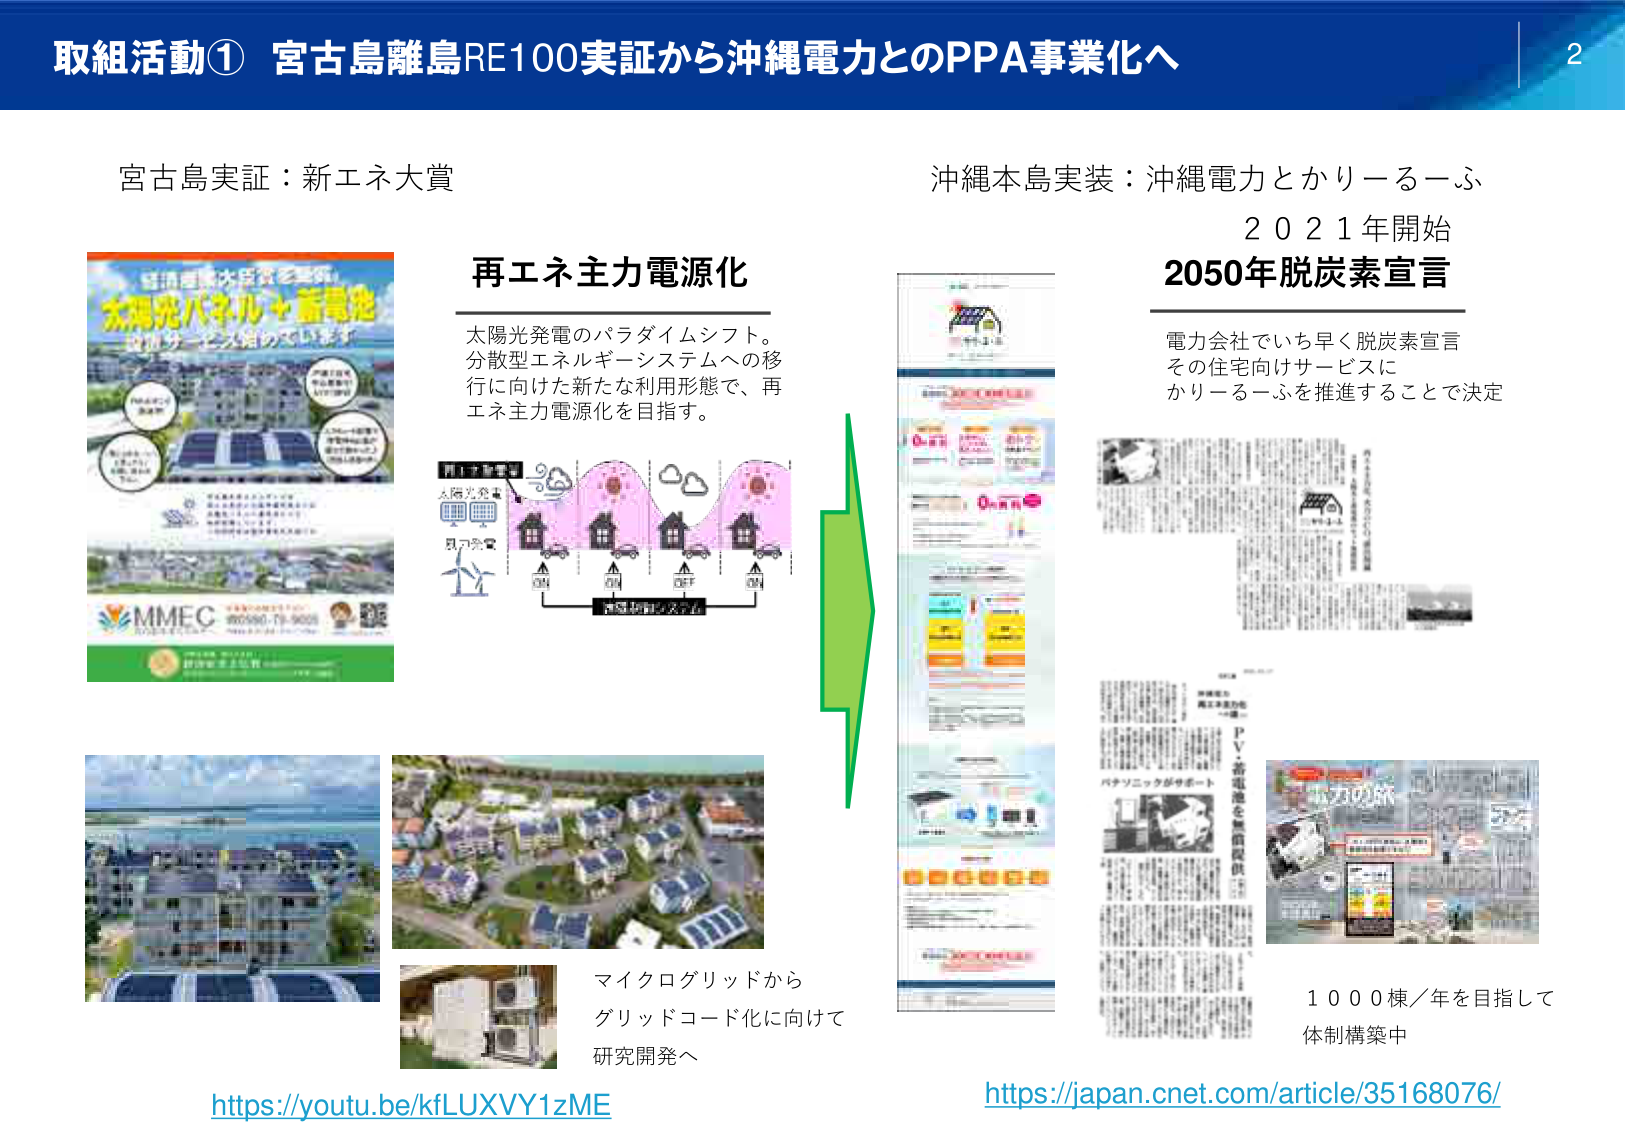
取組活動① 宮古島離島RE100実証から沖縄電力とのPPA事業化へ

宮古島実証：新エネ大賞

太陽光パネル＋蓄電池
環境大臣賞を受賞
導入・普及を進めています

MMEC
098-980-79-9025

再エネ主力電源化

太陽光発電のパラダイムシフト。
分散型エネルギーシステムへの移行に向けた新たな利用形態で、再エネ主力電源化を目指す。

太陽光発電
風力発電
蓄電装置・EVなど

マイクログリッドから
グリッドコード化に向けて
研究開発へ

https://youtu.be/kfLUXVY1zME

沖縄本島実装：沖縄電力とかりーるーふ
2021年開始

2050年脱炭素宣言

電力会社でいち早く脱炭素宣言
その住宅向けサービスに
かりーるーふを推進することで決定

1000棟／年を目指して
体制構築中

https://japan.cnet.com/article/35168076/